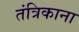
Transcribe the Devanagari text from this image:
तंत्रिकाना